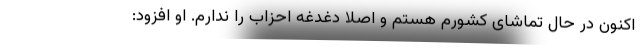
اکنون در حال تماشای کشورم هستم و اصلا دغدغه احزاب را ندارم. او افزود: